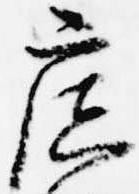
広